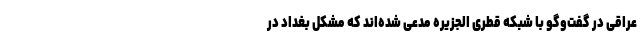
عراقی در گفت‌وگو با شبکه قطری الجزیره مدعی شده‌اند که مشکل بغداد در